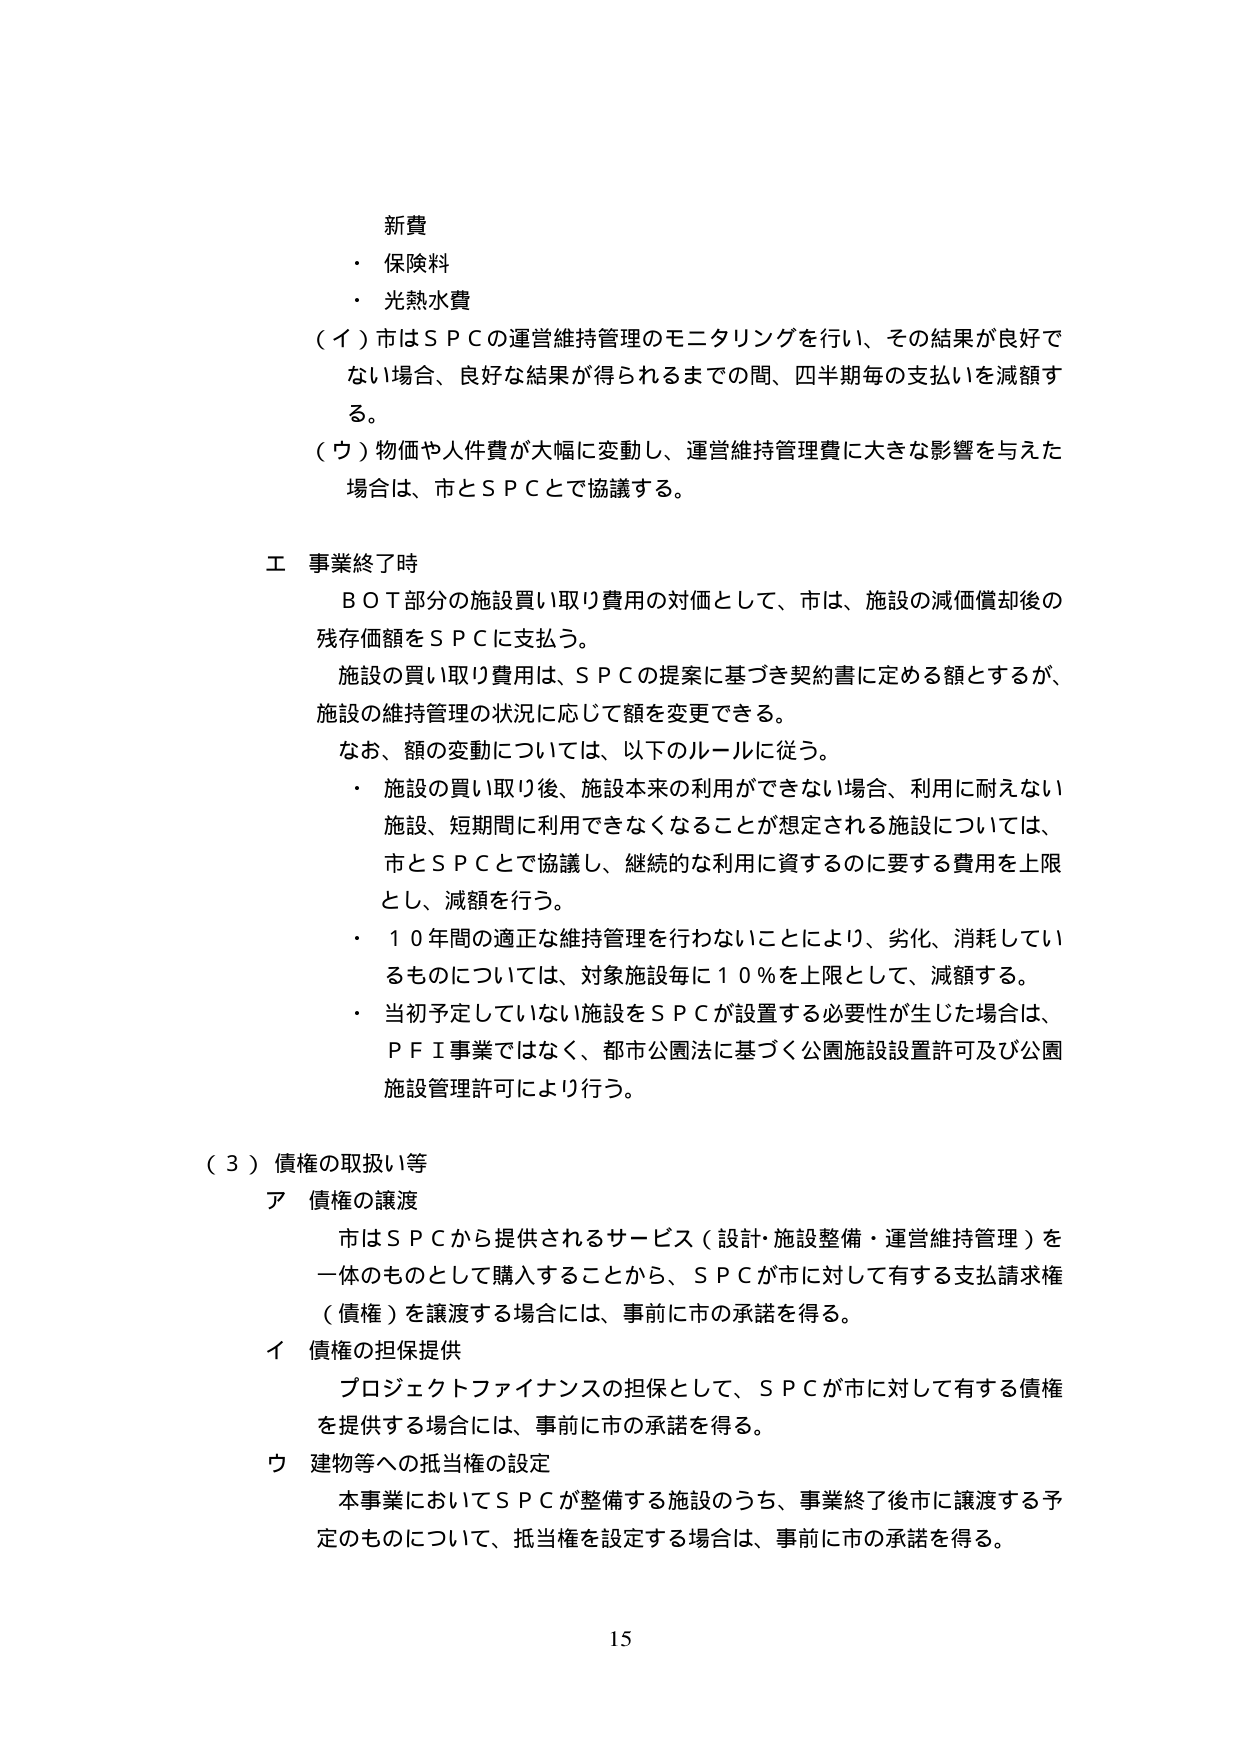
新費
・ 保険料
・ 光熱水費

（イ）市はＳＰＣの運営維持管理のモニタリングを行い、その結果が良好でない場合、良好な結果が得られるまでの間、四半期毎の支払いを減額する。

（ウ）物価や人件費が大幅に変動し、運営維持管理費に大きな影響を与えた場合は、市とＳＰＣとで協議する。

工 事業終了時
　ＢＯＴ部分の施設買い取り費用の対価として、市は、施設の減価償却後の残存価額をＳＰＣに支払う。
　施設の買い取り費用は、ＳＰＣの提案に基づき契約書に定める額とするが、施設の維持管理の状況に応じて額を変更できる。
　なお、額の変動については、以下のルールに従う。
　・ 施設の買い取り後、施設本来の利用ができない場合、利用に耐えない施設、短期間に利用できなくなることが想定される施設については、市とＳＰＣとで協議し、継続的な利用に資するのに要する費用を上限とし、減額を行う。
　・ １０年間の適正な維持管理を行わないことにより、劣化、消耗しているものについては、対象施設毎に１０％を上限として、減額する。
　・ 当初予定していない施設をＳＰＣが設置する必要性が生じた場合は、ＰＦＩ事業ではなく、都市公園法に基づく公園施設設置許可及び公園施設管理許可により行う。

（３）債権の取扱い等
　ア 債権の譲渡
　　市はＳＰＣから提供されるサービス（設計・施設整備・運営維持管理）を一体のものとして購入することから、ＳＰＣが市に対して有する支払請求権（債権）を譲渡する場合には、事前に市の承諾を得る。
　イ 債権の担保提供
　　プロジェクトファイナンスの担保として、ＳＰＣが市に対して有する債権を提供する場合には、事前に市の承諾を得る。
　ウ 建物等への抵当権の設定
　　本事業においてＳＰＣが整備する施設のうち、事業終了後市に譲渡する予定のものについて、抵当権を設定する場合は、事前に市の承諾を得る。

15